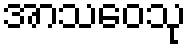
အာသဝေသု